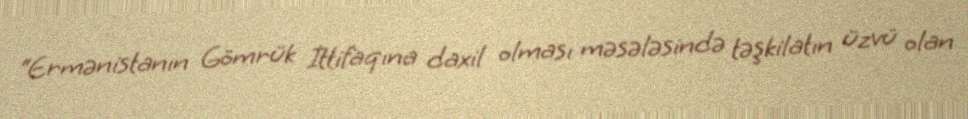
“Ermənistanın Gömrük İttifaqına daxil olması məsələsində təşkilatın üzvü olan